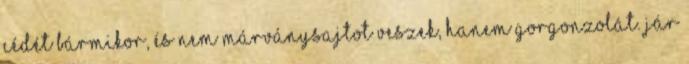
cédét bármikor, és nem márványsajtot veszek, hanem gorgonzolát. Jár